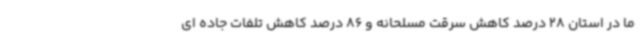
ما در استان 28 درصد کاهش سرقت مسلحانه و 86 درصد کاهش تلفات جاده ای